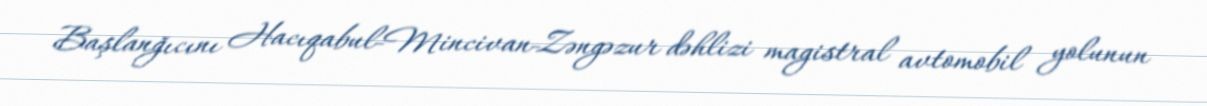
Başlanğıcını Hacıqabul-Mincivan-Zəngəzur dəhlizi magistral avtomobil yolunun